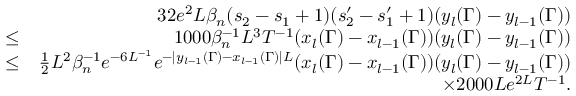
\begin{array} { r l r } & { } & { 3 2 e ^ { 2 } L \beta _ { n } ( s _ { 2 } - s _ { 1 } + 1 ) ( s _ { 2 } ^ { \prime } - s _ { 1 } ^ { \prime } + 1 ) ( y _ { l } ( \Gamma ) - y _ { l - 1 } ( \Gamma ) ) } \\ & { \leq } & { 1 0 0 0 \beta _ { n } ^ { - 1 } L ^ { 3 } T ^ { - 1 } ( x _ { l } ( \Gamma ) - x _ { l - 1 } ( \Gamma ) ) ( y _ { l } ( \Gamma ) - y _ { l - 1 } ( \Gamma ) ) } \\ & { \leq } & { \frac { 1 } { 2 } L ^ { 2 } \beta _ { n } ^ { - 1 } e ^ { - 6 L ^ { - 1 } } e ^ { - | y _ { l - 1 } ( \Gamma ) - x _ { l - 1 } ( \Gamma ) | L } ( x _ { l } ( \Gamma ) - x _ { l - 1 } ( \Gamma ) ) ( y _ { l } ( \Gamma ) - y _ { l - 1 } ( \Gamma ) ) } \\ & { } & { \times 2 0 0 0 L e ^ { 2 L } T ^ { - 1 } . } \end{array}